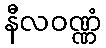
နီလဝဏ္ဏံ